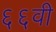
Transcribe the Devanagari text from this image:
६६वी